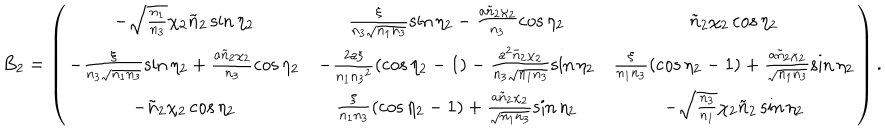
\hspace { - 1 8 m m } B _ { 2 } = \left( \begin{array} { c c c } { { - \sqrt { \frac { n _ { 1 } } { n _ { 3 } } } \chi _ { 2 } \tilde { n } _ { 2 } \sin { \eta _ { 2 } } } } & { { \frac { \xi } { n _ { 3 } \sqrt { n _ { 1 } n _ { 3 } } } \sin { \eta _ { 2 } } - \frac { a \tilde { n } _ { 2 } \chi _ { 2 } } { n _ { 3 } } \cos { \eta _ { 2 } } } } & { { \tilde { n } _ { 2 } \chi _ { 2 } \cos { \eta _ { 2 } } } } \\ { { - \frac { \xi } { n _ { 3 } \sqrt { n _ { 1 } n _ { 3 } } } \sin { \eta _ { 2 } } + \frac { a \tilde { n } _ { 2 } \chi _ { 2 } } { n _ { 3 } } \cos { \eta _ { 2 } } } } & { { - \frac { 2 a \xi } { n _ { 1 } { n _ { 3 } } ^ { 2 } } ( \cos { \eta _ { 2 } } - 1 ) - \frac { a ^ { 2 } \tilde { n } _ { 2 } \chi _ { 2 } } { n _ { 3 } \sqrt { n _ { 1 } n _ { 3 } } } \sin { \eta _ { 2 } } } } & { { \frac { \xi } { n _ { 1 } n _ { 3 } } ( \cos { \eta _ { 2 } } - 1 ) + \frac { a \tilde { n } _ { 2 } \chi _ { 2 } } { \sqrt { n _ { 1 } n _ { 3 } } } \sin { \eta _ { 2 } } } } \\ { { - \tilde { n } _ { 2 } \chi _ { 2 } \cos { \eta _ { 2 } } } } & { { \frac { \xi } { n _ { 1 } n _ { 3 } } ( \cos { \eta _ { 2 } } - 1 ) + \frac { a \tilde { n } _ { 2 } \chi _ { 2 } } { \sqrt { n _ { 1 } n _ { 3 } } } \sin { \eta _ { 2 } } } } & { { - \sqrt { \frac { n _ { 3 } } { n _ { 1 } } } \chi _ { 2 } \tilde { n } _ { 2 } \sin { \eta _ { 2 } } } } \\ \end{array} \right) .